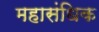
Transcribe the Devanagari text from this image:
महासंधिक